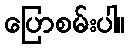
ပြောစမ်းပါ။